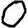
Digit: 0